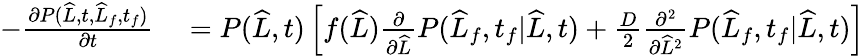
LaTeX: \begin{array}{rl}{-\frac{\partial P(\widehat{L},t,\widehat{L}_{f},t_{f})}{\partial t}}&{{}=P(\widehat{L},t)\left[f(\widehat{L})\frac{\partial}{\partial\widehat{L}}P(\widehat{L}_{f},t_{f}|\widehat{L},t)+\frac{D}{2}\frac{\partial^{2}}{\partial\widehat{L}^{2}}P(\widehat{L}_{f},t_{f}|\widehat{L},t)\right]}\end{array}